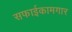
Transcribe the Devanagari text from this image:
सफाईकामगार